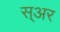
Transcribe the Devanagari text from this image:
स्अर